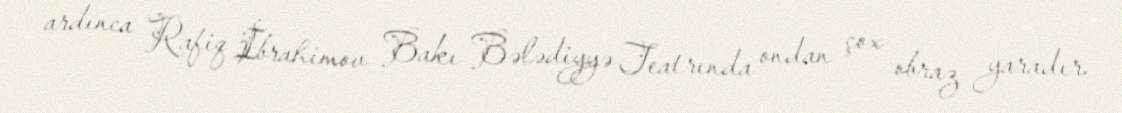
ardınca Rafiq İbrahimov Bakı Bələdiyyə Teatrında ondan çox obraz yaradır.